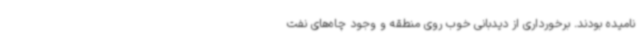
نامیده بودند. برخورداری از دیدبانی خوب روی منطقه و وجود چاه‌های نفت